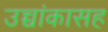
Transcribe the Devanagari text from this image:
उच्चांकासह